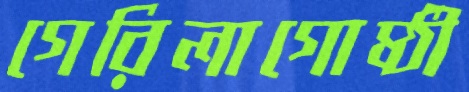
গেরিলাগোষ্ঠী